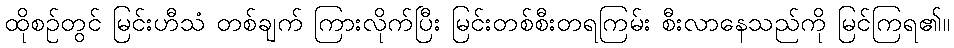
ထိုစဉ်တွင် မြင်းဟီသံ တစ်ချက် ကြားလိုက်ပြီး မြင်းတစ်စီးတရကြမ်း စီးလာနေသည်ကို မြင်ကြရ၏။